Civil Veterinary Dept. Bombay admin report 1914-1922 - 1914-1922
Year: 1914
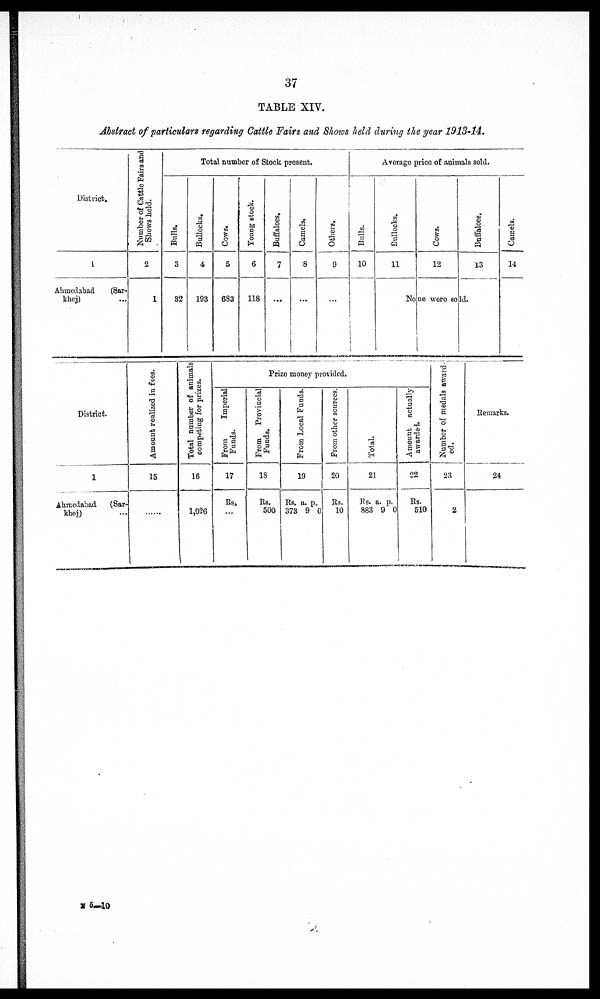
37
TABLE XIV.
Abstract of particulars regarding Cattle Fairs and Shows held during the year 1913-14.
District.
1
Ahmedabad
(Sar-
khej) ...
Number of Cattle Fairs and
Shows held.
2
1
Total number of Stock present.
Bulls.
3
32
Bullocks.
4
193
Cows.
5
683
Young stock.
6
118
Buffaloes.
7
...
Camels.
8
...
Others.
9
...
Average price of animals sold.
Bulls.
10
Bullocks.
11
Cows.
12
Buffaloes.
13
None were sold.
Camels.
14
District.
1
Ahmedabad
(Sar-
khej) ...
Amount realized in fees.
15
.....
Total number of animals
competing for prizes.
16
1,026
Prize money provided.
From
Imperial
Funds.
17
Rs.
...
From
Provincial
Funds.
18
Rs.
500
From Local Funds.
19
Rs.
373
a.
9
p.
0
From other sources.
20
Rs.
10
Tot al .
21
Rs.
883
a.
9
p.
0
Amount actually
awarded.
22
Rs.
510
Number of medals award-
ed.
23
2
Remarks.
24
N 5—10